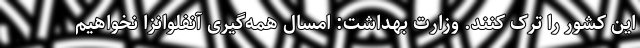
این کشور را ترک کنند. وزارت بهداشت: امسال همه‌گیری آنفلوانزا نخواهیم